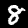
Label: 8